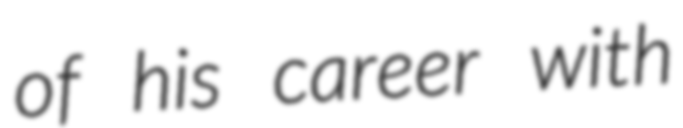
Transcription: of his career with